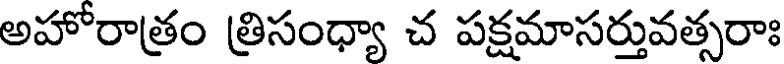
అహోరాత్రం త్రిసంధ్యా చ పక్షమాసర్తువత్సరాః